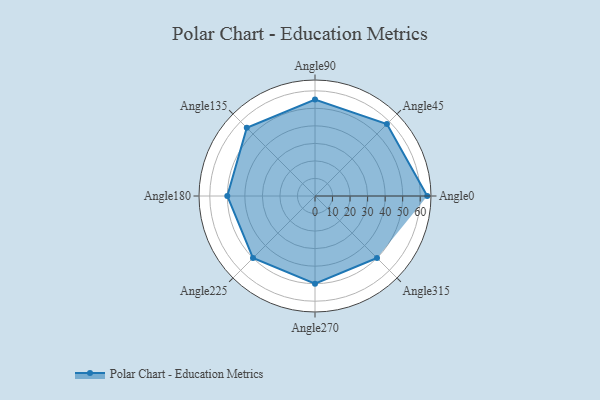
{"axis": {"x": "Angle", "y": "Radius"}, "legend": [""], "data": [{"x": "Angle0", "y": 64.0, "type": ""}, {"x": "Angle45", "y": 58.0, "type": ""}, {"x": "Angle90", "y": 55.0, "type": ""}, {"x": "Angle135", "y": 55.0, "type": ""}, {"x": "Angle180", "y": 50, "type": ""}, {"x": "Angle225", "y": 50, "type": ""}, {"x": "Angle270", "y": 50, "type": ""}, {"x": "Angle315", "y": 50.0, "type": ""}]}